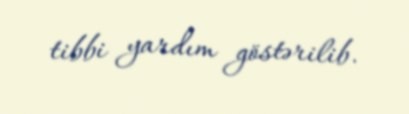
tibbi yardım göstərilib.